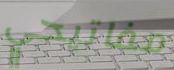
مفاتيحي